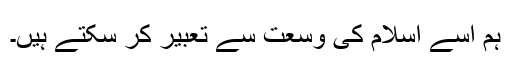
ہم اسے اسلام کی وسعت سے تعبیر کر سکتے ہیں۔